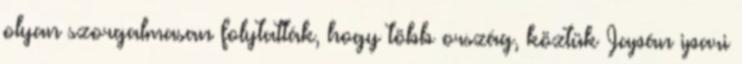
olyan szorgalmasan folytatták, hogy több ország, köztük Japán ipari